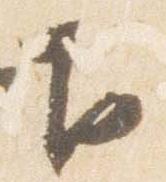
下